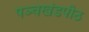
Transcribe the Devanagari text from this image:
पञ्चखंडपीठ